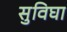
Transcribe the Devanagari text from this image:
सुविघा